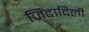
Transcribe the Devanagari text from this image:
ज़िंदादिली